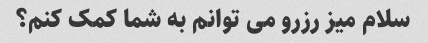
سلام میز رزرو می توانم به شما کمک کنم؟